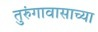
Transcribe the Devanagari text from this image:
तुरुंगावासाच्या